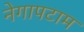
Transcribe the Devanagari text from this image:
नेगापटाम